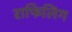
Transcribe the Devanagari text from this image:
राफिलिंग